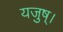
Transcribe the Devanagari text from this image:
यजुष्।